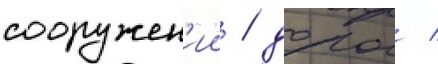
сооружен'ии / дорог /